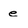
Character: e